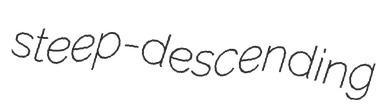
steep-descending